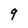
Character: 9